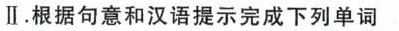
II.根据句意和汉语提示完成下列单词